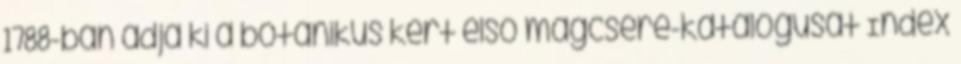
1788-ban adja ki a botanikus kert első magcsere-katalógusát Index